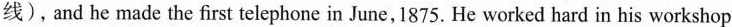
线),and he made the first telephone in June, 1875. He worked hard in his workshop